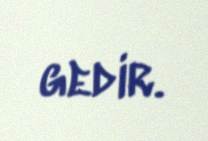
gedir.